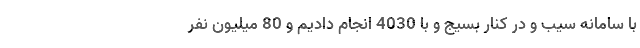
با سامانه سیب و در کنار بسیج و با 4030 انجام دادیم و 80 میلیون نفر